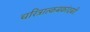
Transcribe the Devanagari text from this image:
चरित्रात्कबकांदबरी